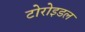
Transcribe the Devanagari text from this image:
टोरोइडल